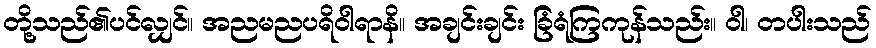
တို့သည်၏ပင်လျှင်။ အညမညပရိဝါရာနိ။ အချင်းချင်း ခြံရံကြကုန်သည်း။ ဝါ၊ တပါးသည်